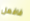
فافعل